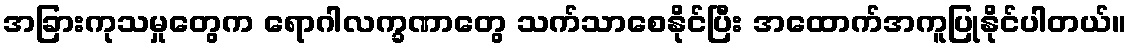
အခြားကုသမှုတွေက ရောဂါလက္ခဏာတွေ သက်သာစေနိုင်ပြီး အထောက်အကူပြုနိုင်ပါတယ်။